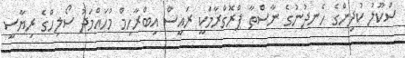
ސްކޫލު ކުދިންގެ ހެނދުނުގެ ނާސްތާ ޕްރޮގްރާމަކީ ރައީސް އިބްރާހިމް މުހައްމަދު ސޯލިހްގެ ރިޔާސީ